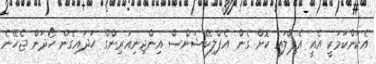
އެކަންކަމަކީ އެއީ އެޕްލައި ކޮށް ގެން އެޕްލިކޭޝަންސް އިންޖިނިއަރިންގް ހަދައިގެން ހޯދަން ޖެހޭނެ